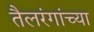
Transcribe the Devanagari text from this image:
तैलरंगांच्या